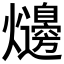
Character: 𤓋